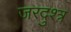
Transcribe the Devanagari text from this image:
जरदुश्त्र